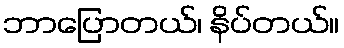
ဘာပြောတယ်၊ နိပ်တယ်။